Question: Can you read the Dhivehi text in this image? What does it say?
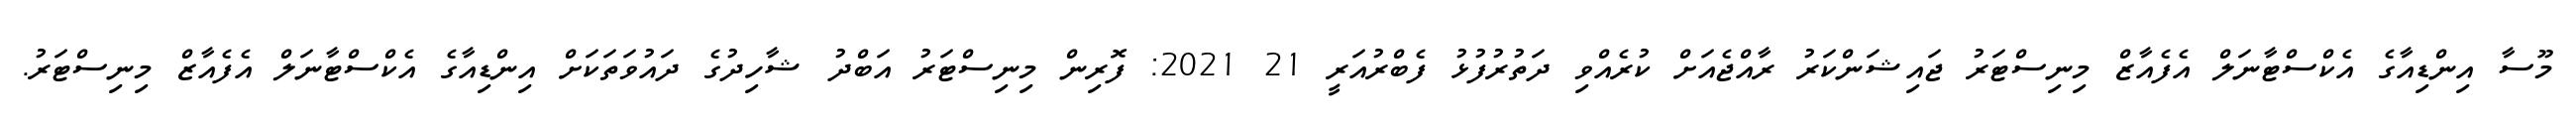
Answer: މޫސާ އިންޑިއާގެ އެކްސްޓާނަލް އެފެއާޒް މިނިސްޓަރު ޖައިޝަންކަރު ރާއްޖެއަށް ކުރެއްވި ދަތުރުފުޅު ފެބްރުއަރީ 21 2021: ފޮރިން މިނިސްޓަރު އަބްދު ޝާހިދުގެ ދައުވަތަކަށް އިންޑިއާގެ އެކްސްޓާނަލް އެފެއާޒް މިނިސްޓަރު.